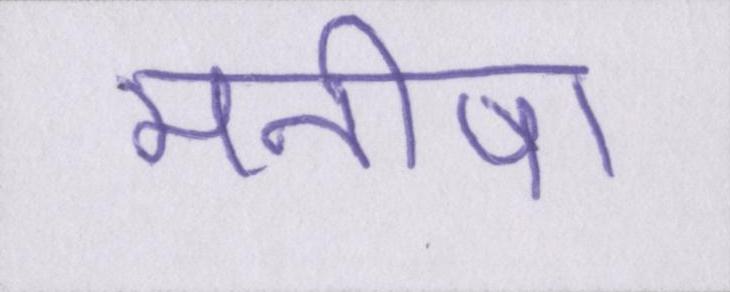
मनीषा